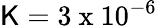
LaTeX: \mathsf{K}=3\mathrm{{~x~}}10^{-6}